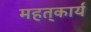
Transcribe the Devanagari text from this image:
महत्‌कार्य